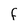
Character: F